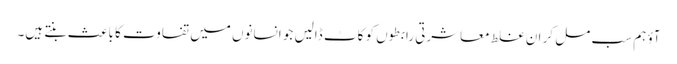
آؤ ہم سب مل کر ان غلط معاشرتی رابطوں کو کاٹ ڈالیں جو انسانوں میں تفاوت کا باعث بنتے ہیں۔